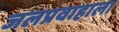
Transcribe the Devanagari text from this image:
जलप्रवाहाला